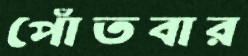
পোঁতবার